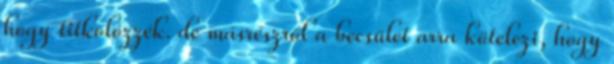
hogy titkolózzék. de másrészről a becsület arra kötelezi, hogy